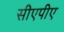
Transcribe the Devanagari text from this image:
सीएपीए